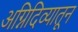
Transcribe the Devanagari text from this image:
अग्निदिव्यातून